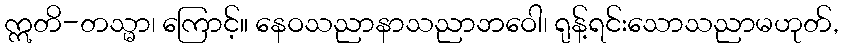
ဣတိ-တသ္မာ၊ ကြောင့်။ နေဝသညာနာသညာဘဝေါ၊ ရုန့်ရင်းသောသညာမဟုတ်,